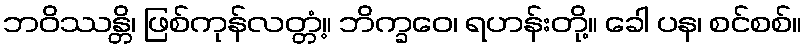
ဘဝိဿန္တိ၊ ဖြစ်ကုန်လတ္တံ့။ ဘိက္ခဝေ၊ ရဟန်းတို့။ ခေါ ပန၊ စင်စစ်။